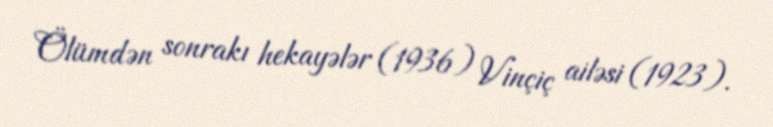
Ölümdən sonrakı hekayələr (1936) Vinçiç ailəsi (1923).